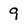
Character: 9